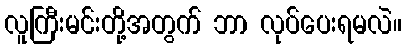
လူကြီးမင်းတို့အတွက် ဘာ လုပ်ပေးရမလဲ။